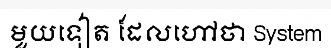
មួយទៀត ដែលហៅថា System